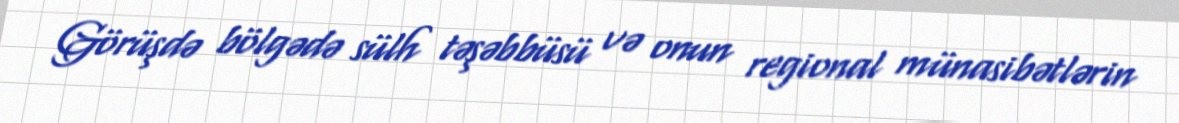
Görüşdə bölgədə sülh təşəbbüsü və onun regional münasibətlərin